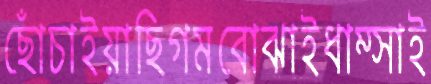
ছোঁচাইয়াছিগমবোঝাইধাম্‌সাই